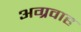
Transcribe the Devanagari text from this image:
अग्रवाह